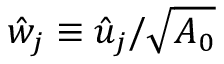
\hat { w } _ { j } \equiv \hat { u } _ { j } / \sqrt { A _ { 0 } }